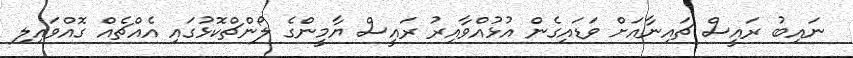
ނައިބު ރައީސް ޗައިނާއަށް ވަޑައިގެން އުޅުއްވާއިރު ރައީސް ޔާމީންގެ ލޯންޗްކޮޅުގައި އެއްޗެއް ގޮއްވައިލި